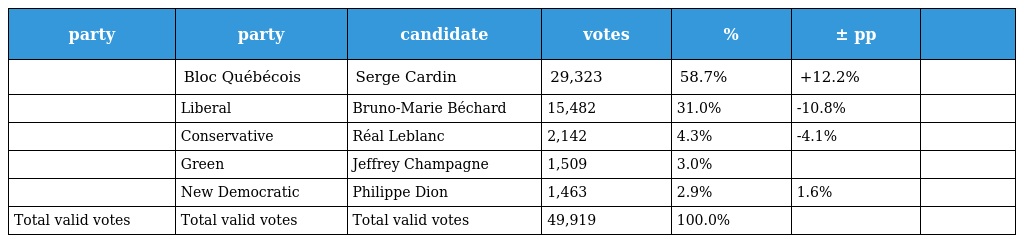
| party | party | candidate | votes | % | ± pp |  |
 | --- | --- | --- | --- | --- | --- | --- |
 |  | Bloc Québécois | Serge Cardin | 29,323 | 58.7% | +12.2% |  |
 |  | Liberal | Bruno-Marie Béchard | 15,482 | 31.0% | -10.8% |  |
 |  | Conservative | Réal Leblanc | 2,142 | 4.3% | -4.1% |  |
 |  | Green | Jeffrey Champagne | 1,509 | 3.0% |  |  |
 |  | New Democratic | Philippe Dion | 1,463 | 2.9% | 1.6% |  |
 | Total valid votes | Total valid votes | Total valid votes | 49,919 | 100.0% |  |  |